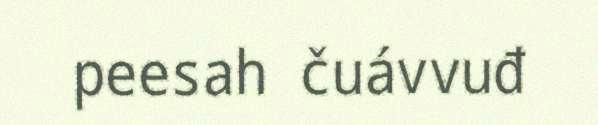
peesah čuávvuđ